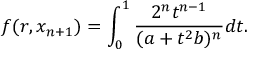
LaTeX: f ( r , x _ { n + 1 } ) = \int _ { 0 } ^ { 1 } \frac { 2 ^ { n } t ^ { n - 1 } } { ( a + t ^ { 2 } b ) ^ { n } } d t .